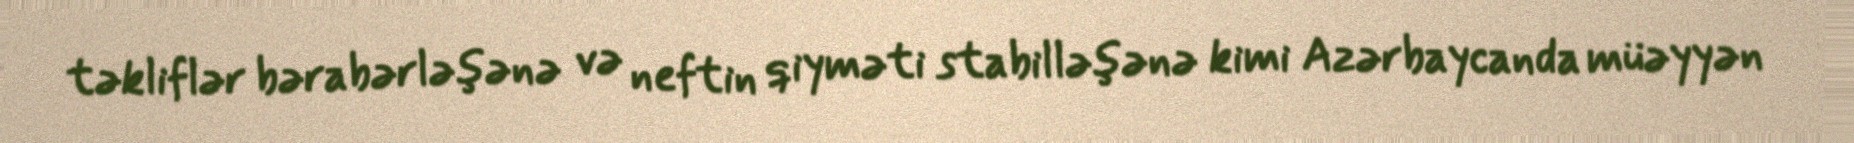
təkliflər bərabərləşənə və neftin qiyməti stabilləşənə kimi Azərbaycanda müəyyən